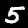
Digit: 5